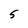
Character: 5